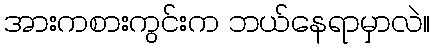
အားကစားကွင်းက ဘယ်နေရာမှာလဲ။